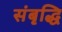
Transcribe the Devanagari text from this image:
संबृद्धि